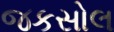
જકસોલ